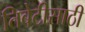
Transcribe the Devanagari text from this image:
तिबेटीसाठी